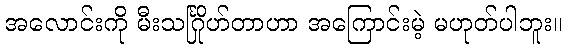
အလောင်းကို မီးသင်္ဂြိုဟ်တာဟာ အကြောင်းမဲ့ မဟုတ်ပါဘူး။